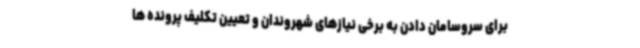
برای سروسامان دادن به برخی نیازهای شهروندان و تعیین تکلیف پرونده ها